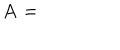
LaTeX: \mathbf { A } =